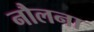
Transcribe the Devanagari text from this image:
नौलना